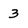
Character: 3